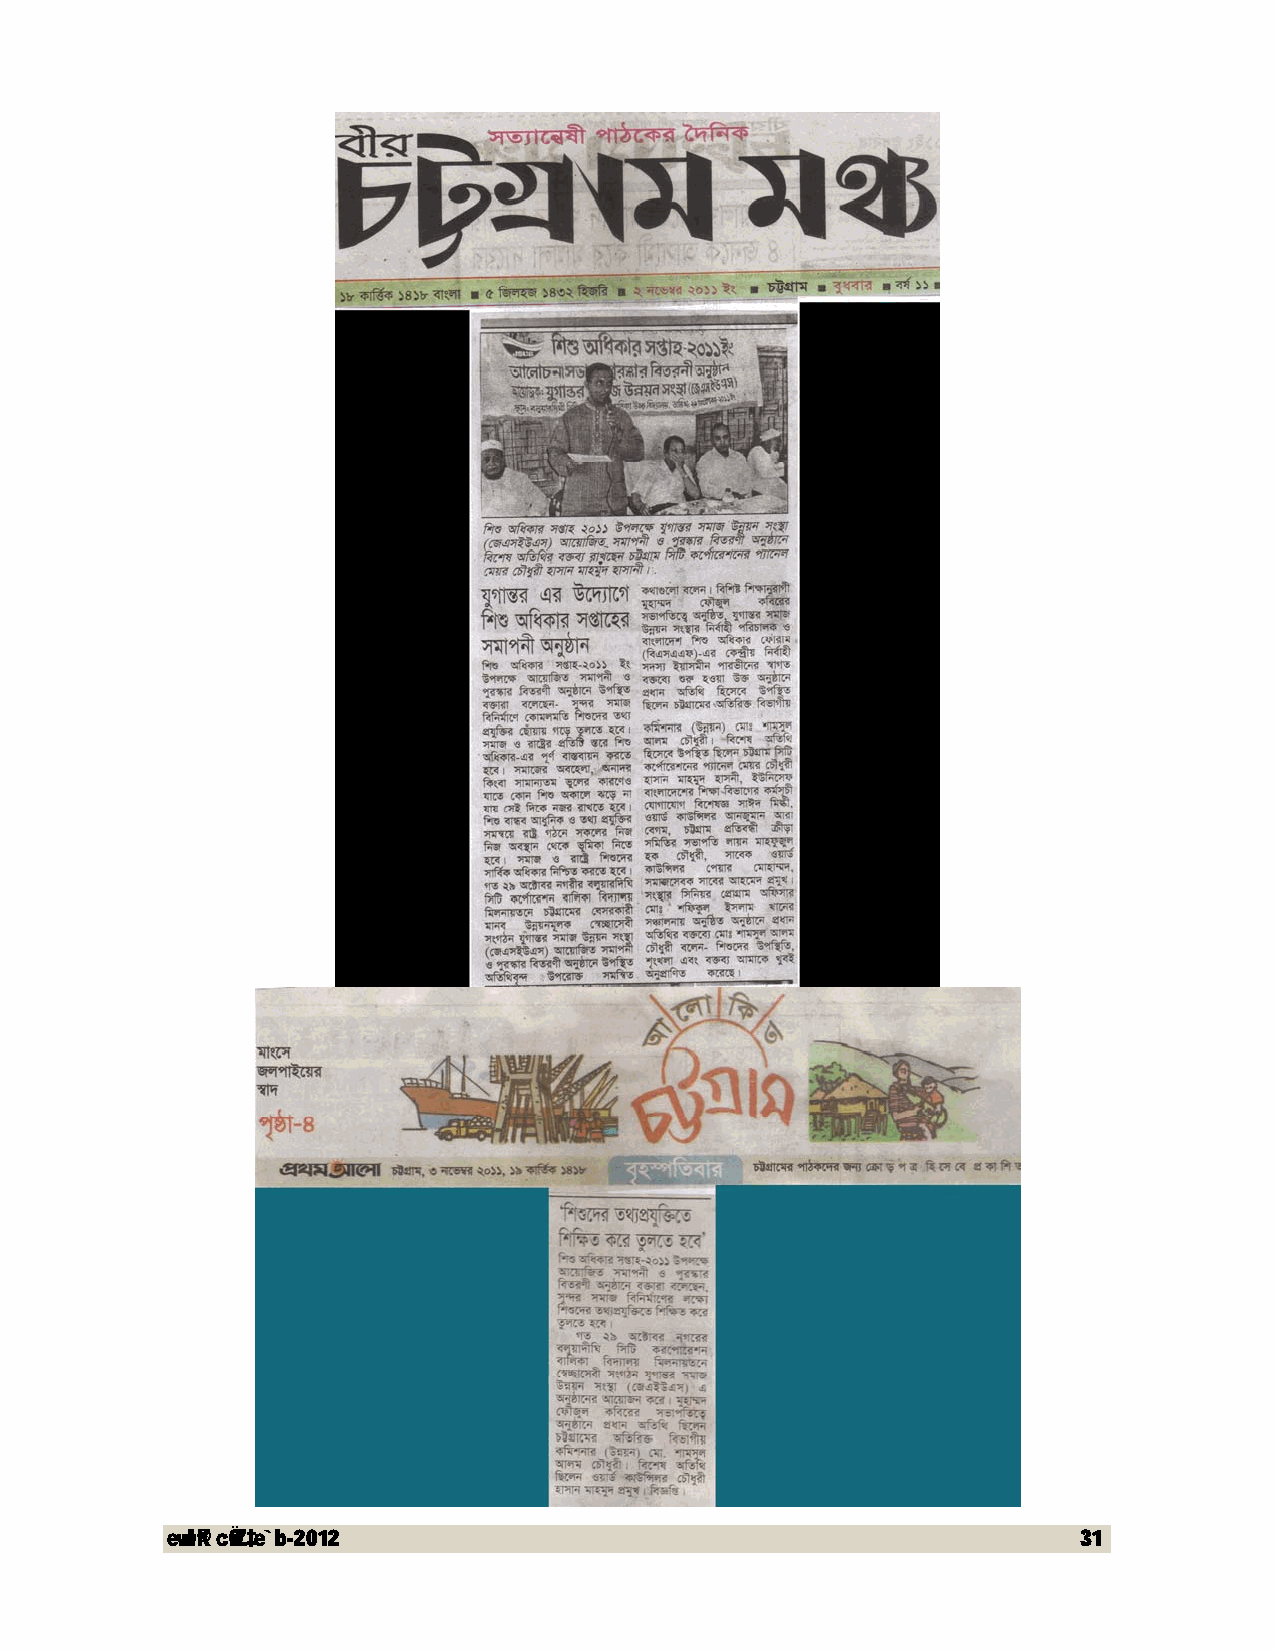
evwl©K cÖwZ‡e`b-2012                                        31